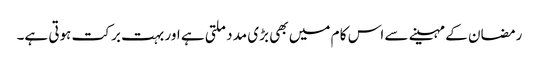
رمضان کے مہینے سے اس کا م میں بھی بڑی مد دملتی ہے اور بہت بر کت ہوتی ہے۔